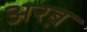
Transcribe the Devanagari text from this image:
अरब़